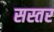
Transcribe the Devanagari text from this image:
सस्तर